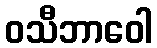
ဝသီဘာဝေါ